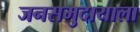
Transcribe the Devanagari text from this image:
जनसमुदायाला